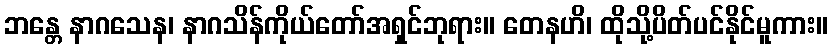
ဘန္တေ နာဂသေန၊ နာဂသိန်ကိုယ်တော်အရှင်ဘုရား။ တေနဟိ၊ ထိုသို့ပိတ်ပင်နိုင်မူကား။